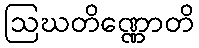
ဩဃတိဏ္ဏောတိ